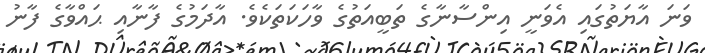
ވަނަ އާޔަތުގައި އެވަނީ އިންސާނާގެ ތަބީއަތުގެ ވާހަކަތަކެވެ. އާދަމުގެ ފާނާއި ޙައްވާގެ ފާނު